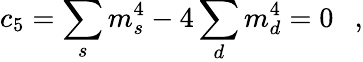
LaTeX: c_{5}=\sum_{s}m_{s}^{4}-4\sum_{d}m_{d}^{4}=0~~~,